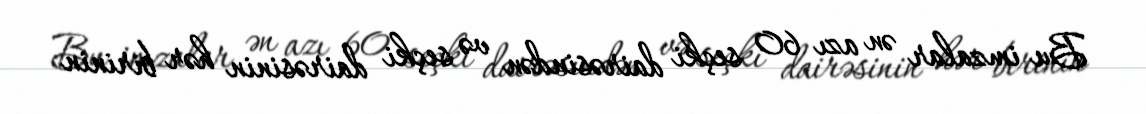
Bu imzalar ən azı 60 seçki dairəsindən və seçki dairəsinin hər birinin